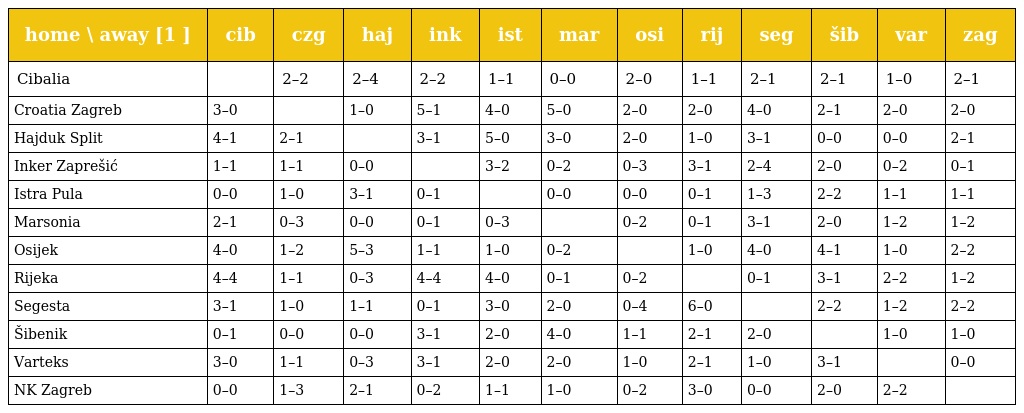
| home \ away [1 ] | cib | czg | haj | ink | ist | mar | osi | rij | seg | šib | var | zag |
 | --- | --- | --- | --- | --- | --- | --- | --- | --- | --- | --- | --- | --- |
 | Cibalia |  | 2–2 | 2–4 | 2–2 | 1–1 | 0–0 | 2–0 | 1–1 | 2–1 | 2–1 | 1–0 | 2–1 |
 | Croatia Zagreb | 3–0 |  | 1–0 | 5–1 | 4–0 | 5–0 | 2–0 | 2–0 | 4–0 | 2–1 | 2–0 | 2–0 |
 | Hajduk Split | 4–1 | 2–1 |  | 3–1 | 5–0 | 3–0 | 2–0 | 1–0 | 3–1 | 0–0 | 0–0 | 2–1 |
 | Inker Zaprešić | 1–1 | 1–1 | 0–0 |  | 3–2 | 0–2 | 0–3 | 3–1 | 2–4 | 2–0 | 0–2 | 0–1 |
 | Istra Pula | 0–0 | 1–0 | 3–1 | 0–1 |  | 0–0 | 0–0 | 0–1 | 1–3 | 2–2 | 1–1 | 1–1 |
 | Marsonia | 2–1 | 0–3 | 0–0 | 0–1 | 0–3 |  | 0–2 | 0–1 | 3–1 | 2–0 | 1–2 | 1–2 |
 | Osijek | 4–0 | 1–2 | 5–3 | 1–1 | 1–0 | 0–2 |  | 1–0 | 4–0 | 4–1 | 1–0 | 2–2 |
 | Rijeka | 4–4 | 1–1 | 0–3 | 4–4 | 4–0 | 0–1 | 0–2 |  | 0–1 | 3–1 | 2–2 | 1–2 |
 | Segesta | 3–1 | 1–0 | 1–1 | 0–1 | 3–0 | 2–0 | 0–4 | 6–0 |  | 2–2 | 1–2 | 2–2 |
 | Šibenik | 0–1 | 0–0 | 0–0 | 3–1 | 2–0 | 4–0 | 1–1 | 2–1 | 2–0 |  | 1–0 | 1–0 |
 | Varteks | 3–0 | 1–1 | 0–3 | 3–1 | 2–0 | 2–0 | 1–0 | 2–1 | 1–0 | 3–1 |  | 0–0 |
 | NK Zagreb | 0–0 | 1–3 | 2–1 | 0–2 | 1–1 | 1–0 | 0–2 | 3–0 | 0–0 | 2–0 | 2–2 |  |